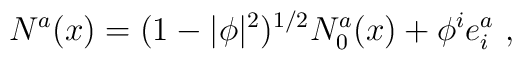
N^a (x) = (1 - |\phi|^2)^{1/2} N_0^a (x) + \phi^i e^a_i\ ,